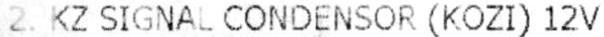
2. KZ SIGNAL CONDENSOR (KOZI) 12V